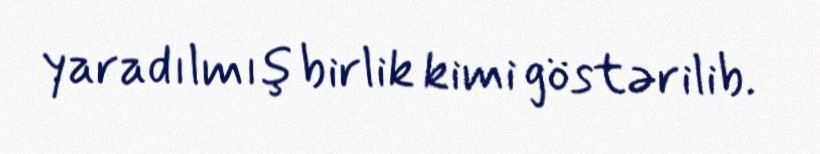
yaradılmış birlik kimi göstərilib.